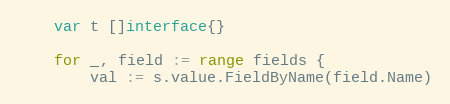
Language: Go
	var t []interface{}

	for _, field := range fields {
		val := s.value.FieldByName(field.Name)